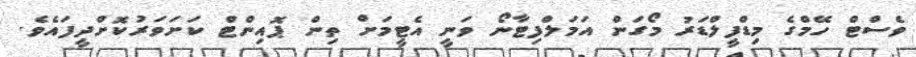
ވެސްޓް ހޭމްގެ މިޑްފީލްޑަރު މޯގަން އަމަލްފިޓާނޯ ވަނީ އެޓީމަށް ތިން ޕޮއިންޓް ކަށަވަރުކޮށްދީފައެވެ.